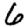
Digit: 6